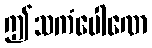
ဤသကံပေါဏေ